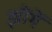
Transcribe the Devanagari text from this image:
झींगें